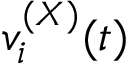
v _ { i } ^ { ( X ) } ( t )